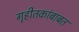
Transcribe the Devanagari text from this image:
गृहीतकांबाबत